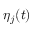
\eta _ { j } ( t )